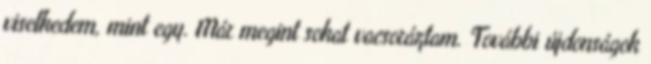
viselkedem, mint egy. Már megint sokat vacsoráztam. További újdonságok